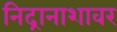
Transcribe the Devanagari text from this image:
निद्रानाशावर